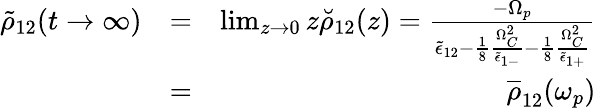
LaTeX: \begin{array}{rlr}{\tilde{\rho}_{12}(t\rightarrow\infty)}&{=}&{\operatorname*{lim}_{z\rightarrow 0}z\breve{\rho}_{12}(z)=\frac{-\Omega_{p}}{\tilde{\epsilon}_{12}-\frac{1}{8}\frac{\Omega_{C}^{2}}{\tilde{\epsilon}_{1-}}-\frac{1}{8}\frac{\Omega_{C}^{2}}{\tilde{\epsilon}_{1+}}}}\\ &{=}&{\overline{\rho}_{12}(\omega_{p})}\end{array}